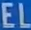
EL